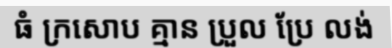
ធំ ក្រសោប គ្មាន ប្រួល ប្រែ លង់